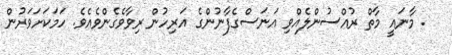
. މާނައީ މާތް ރުއްސުންލެއްވި އަނަސްގެފާނުންގެ އަރިހުން ރިވާވެގެންވެއެވެ. ހަމަކަށަވަރުން